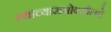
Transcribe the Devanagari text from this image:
त्याच्यासभोवतीलचे